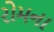
રોમના